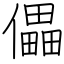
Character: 儡